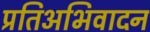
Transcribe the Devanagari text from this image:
प्रतिअभिवादन